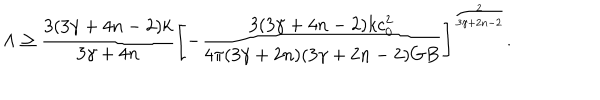
\Lambda \geq { \frac { 3 ( 3 \gamma + 4 n - 2 ) k } { 3 \gamma + 4 n } } \left[ - { \frac { 3 ( 3 \gamma + 4 n - 2 ) k c _ { 0 } ^ { 2 } } { 4 \pi ( 3 \gamma + 2 n ) ( 3 \gamma + 2 n - 2 ) G B } } \right] ^ { \frac { 2 } { 3 \gamma + 2 n - 2 } } .